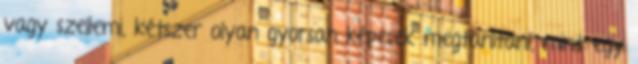
vagy szellemi, kétszer olyan gyorsan képesek megtanítani, mint egy